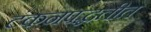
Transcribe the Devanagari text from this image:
टंकनपद्धतीत